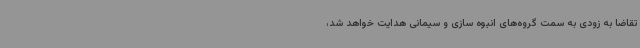
تقاضا به زودی به سمت گروه‌های انبوه سازی و سیمانی هدایت خواهد شد،